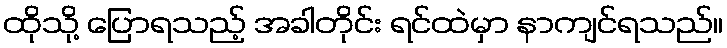
ထိုသို့ ပြောရသည့် အခါတိုင်း ရင်ထဲမှာ နာကျင်ရသည်။